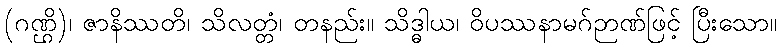
(ဂဏ္ဌိ)၊ ဇာနိဿတိ၊ သိလတ္တံ၊ တနည်း။ သိဒ္ဓါယ၊ ဝိပဿနာမဂ်ဉာဏ်ဖြင့် ပြီးသော။